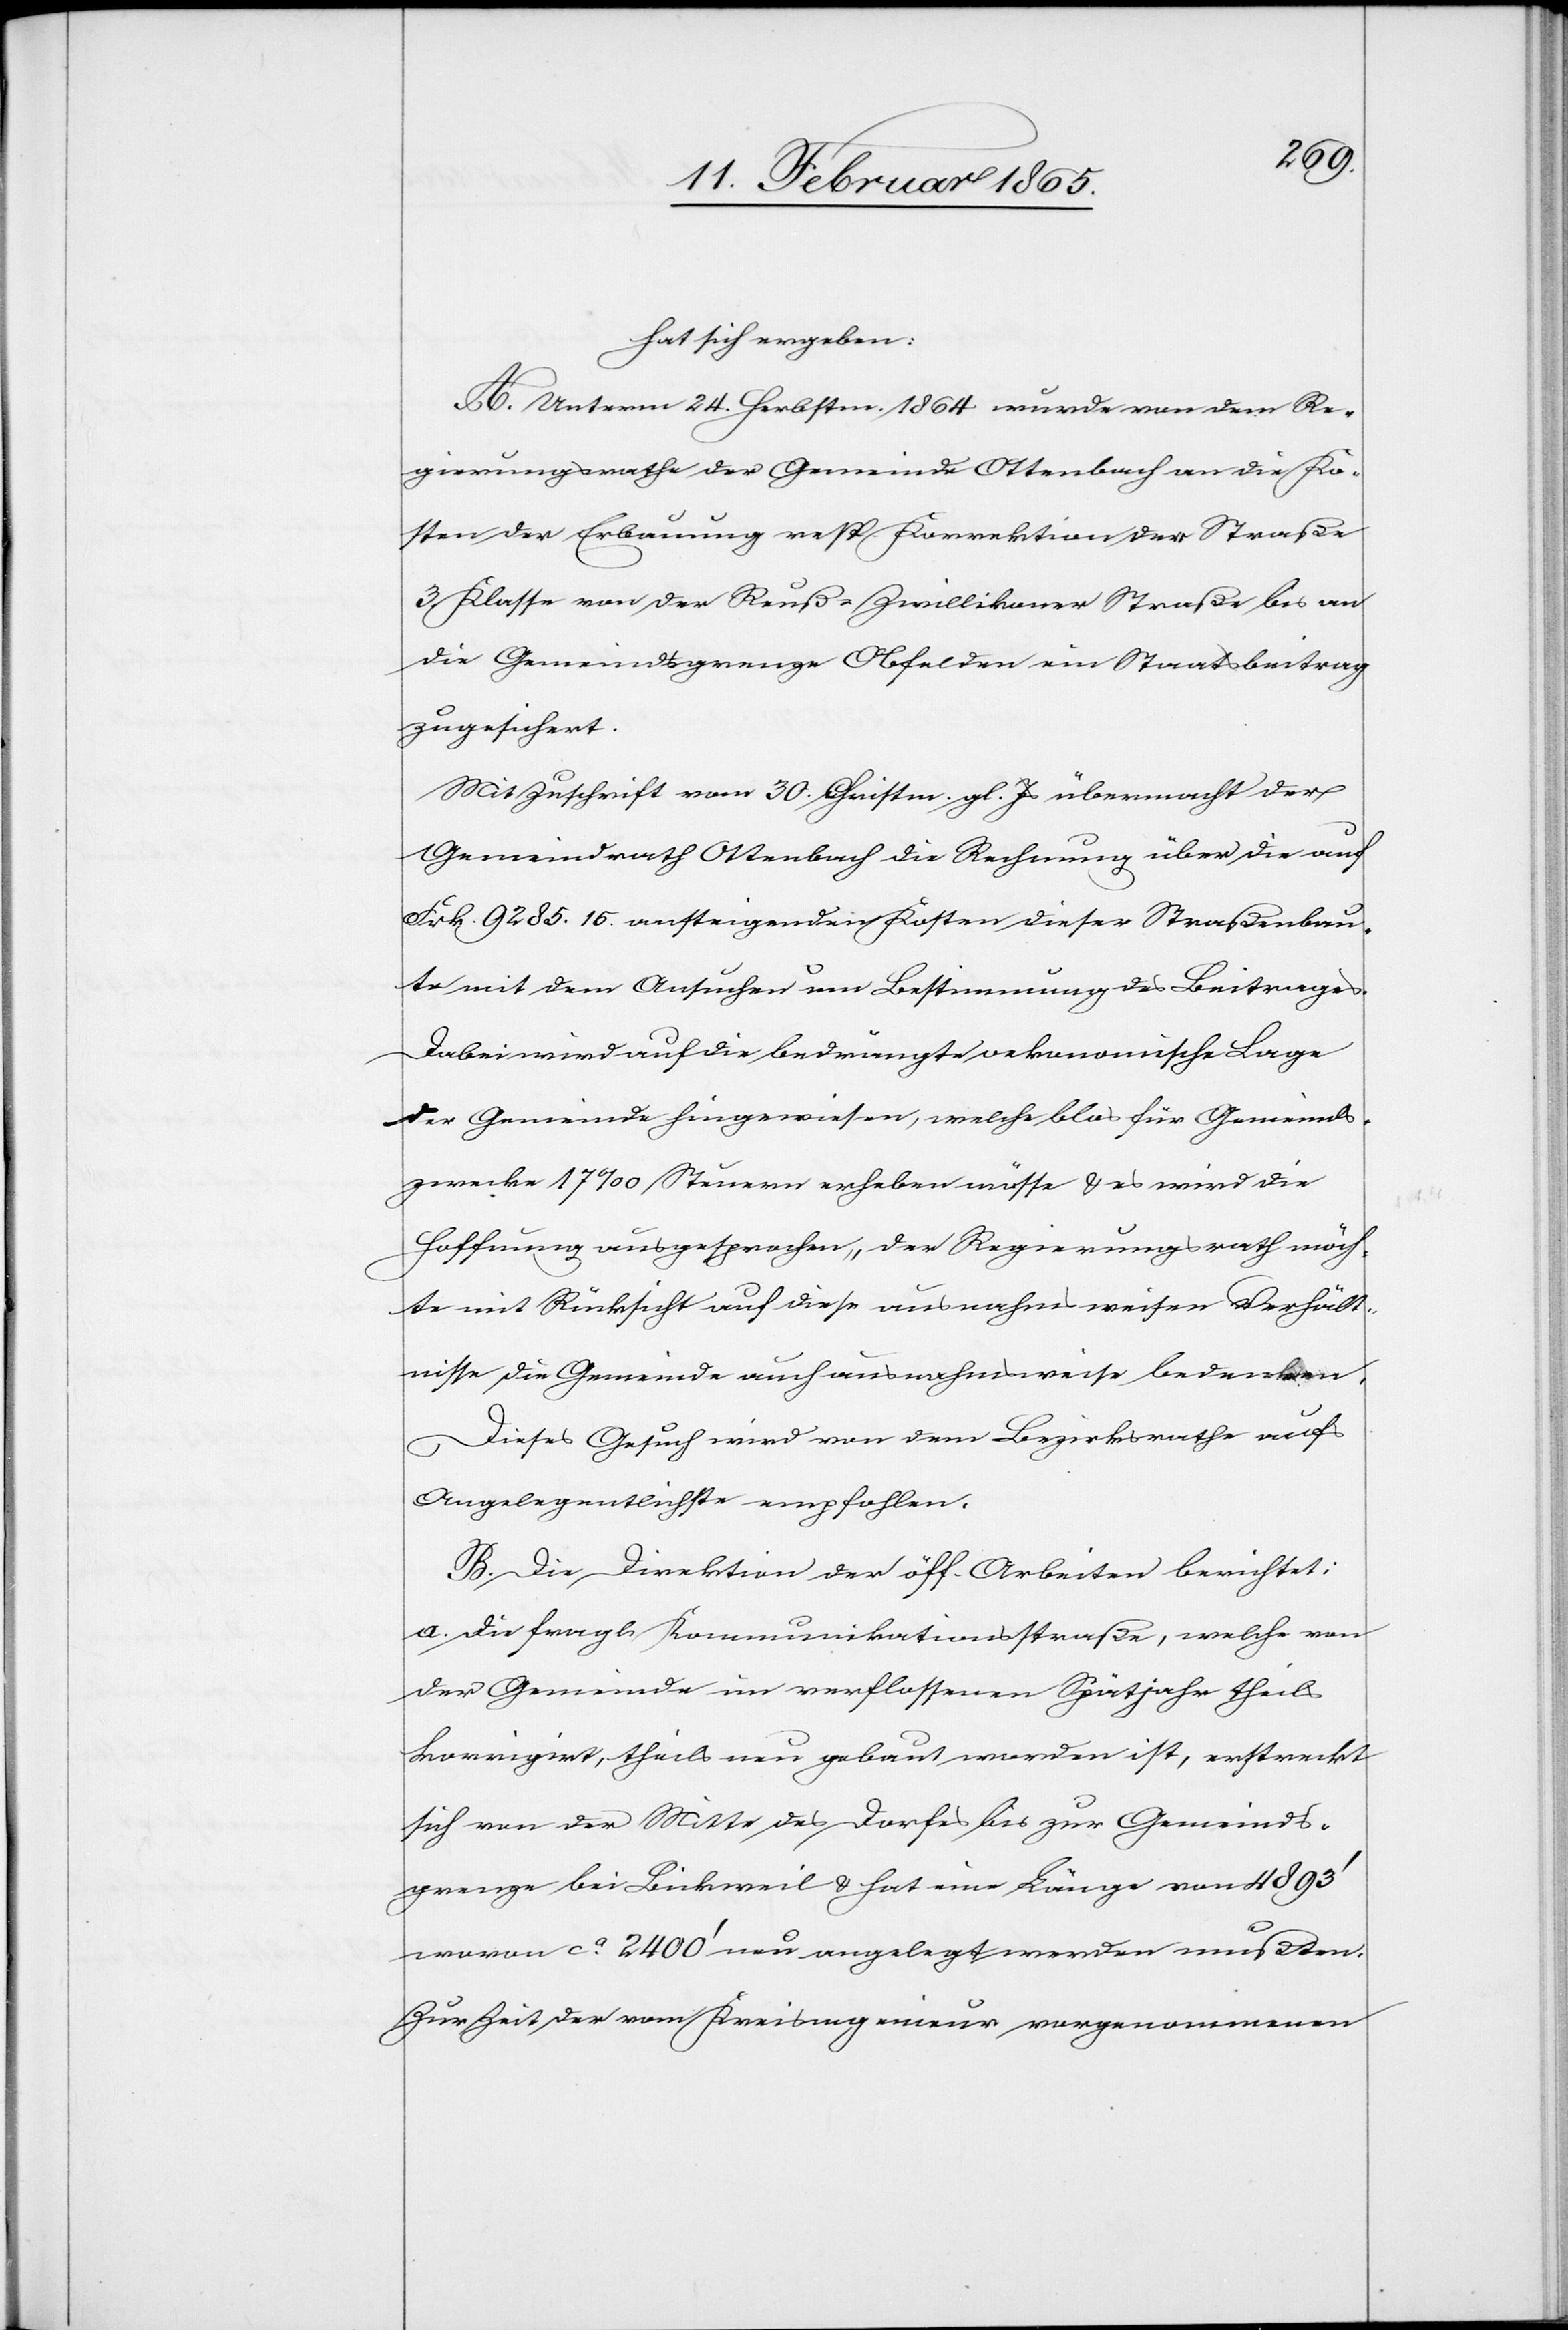
hat sich ergeben:
A. Unterm 24. Herbstm. 1864 wurde von dem Re¬
gierungsrathe der Gemeinde Ottenbach an die Ko¬
sten der Erbauung resp. Korrektion der Straße
3. Klasse von der Reus-Zwillikoner Straße bis an
die Gemeindsgrenze Obfelden ein Staatsbeitrag
zugesichert.
Mit Zuschrift vom 30. Christm. gl. Js übermacht der
Gemeindrath Ottenbach die Rechnung über die auf
Frk. 9285. 15. ansteigenden Kosten dieser Straßenbau¬
te mit dem Ansuchen um Bestimmung des Beitrages.
Dabei wird auf die bedrängte oekonomische Lage
der Gemeinde hingewiesen, welche blos für Gemeinds¬
zwecke 17 ‰ Steuern erheben müsse u. es wird die
Hoffnung ausgesprochen, der Regierungsrath möch¬
te mit Rücksicht auf diese ausnahmsweisen Verhält¬
nisse die Gemeinde auch ausnahmsweise bedenken.
Dieses Gesuch wird von dem Bezirksrathe aufs
Angelegentlichste empfohlen.
B. Die Direktion der öff. Arbeiten berichtet:
a. Die fragl. Kommunikationsstraße, welche von
der Gemeinde im verflossenen Spätjahr theils
korrigirt, theils neu gebaut worden ist, erstreckt
sich von der Mitte des Dorfes bis zur Gemeinds¬
grenze bei Bickweil u. hat eine Länge von 4893’
wovon ca 2400’ neu angelegt werden mußten.
Zur Zeit der vom Kreisingenieur vorgenommenen